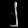
Digit: ၂